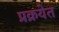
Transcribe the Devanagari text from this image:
प्रक्रयेत